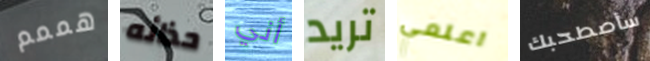
هممم حذائه أني تريد اعلمي سأصطحبك